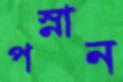
পস্নান